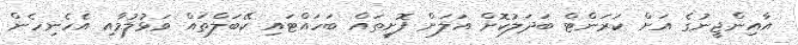
އާއިންޖީނުގެ އަށް ކަރަންޓް ބަދަލުކޮށް އަލަށް ފޮށީތައް ބަހައްޓައި ކޭބަލްތައް ވަޅުލުމާއި އެހެނިހެން